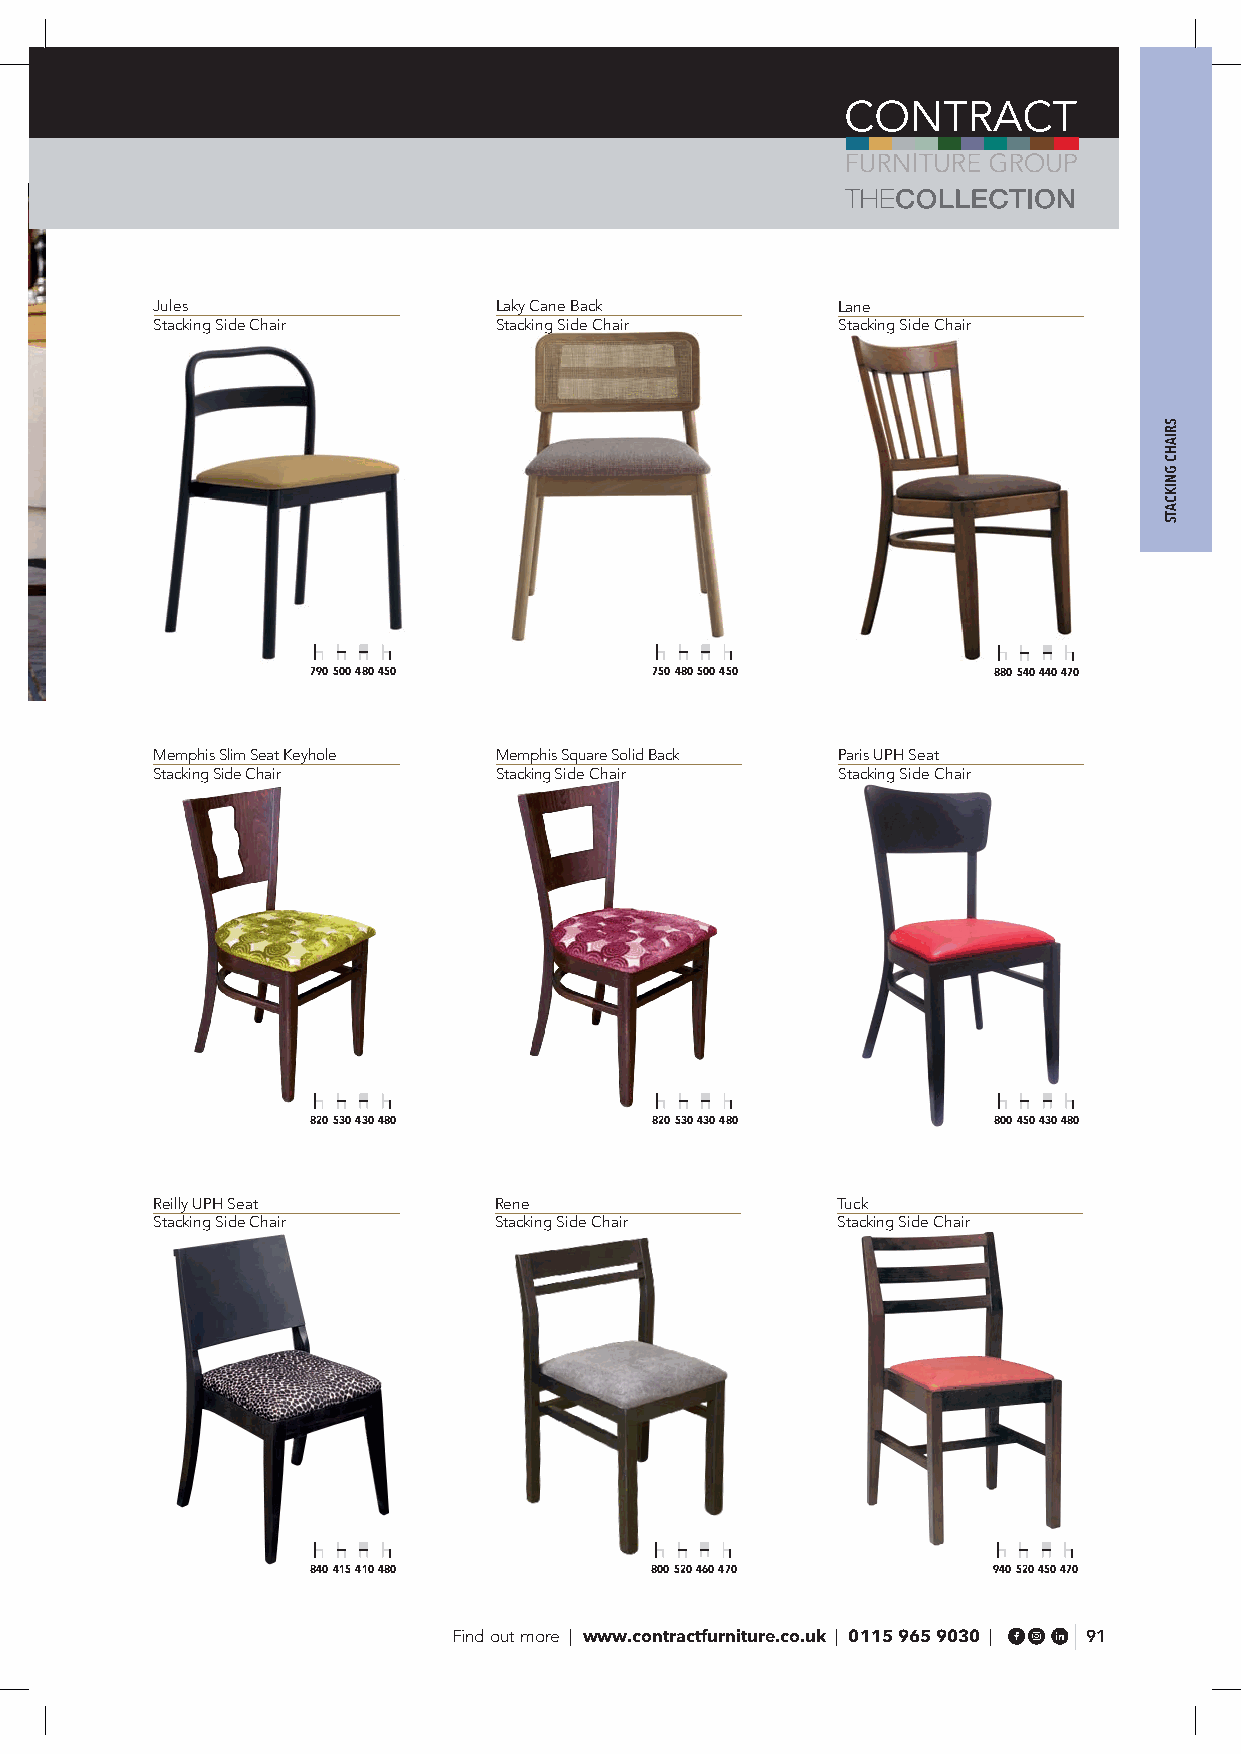
Jules                  Laky Cane Back        Lane
 Stacking Side Chair    Stacking Side Chair   Stacking Side Chair
 790 500 480 450       750 480 500 450        880 540 440 470
 Memphis Slim Seat Keyhole Memphis Square Solid Back Paris UPH Seat
 Stacking Side Chair    Stacking Side Chair   Stacking Side Chair
 820 530 430 480       820 530 430 480        800 450 430 480
 Reilly UPH Seat        Rene                  Tuck
 Stacking Side Chair    Stacking Side Chair   Stacking Side Chair
 840 415 410 480       800 520 460 470        940 520 450 470
 Find out more | www.contractfurniture.co.uk | 0115 965 9030 | 91
 SRIAHC
 GNIKCATS